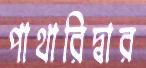
পাথারিদ্বার